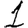
Digit: 1